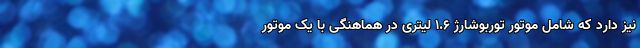
نیز دارد که شامل موتور توربوشارژ 1.6 لیتری در هماهنگی با یک موتور